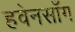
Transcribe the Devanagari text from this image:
हवेनसाँग